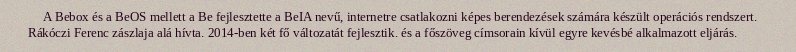
A Bebox és a BeOS mellett a Be fejlesztette a BeIA nevű, internetre csatlakozni képes berendezések számára készült operációs rendszert. Rákóczi Ferenc zászlaja alá hívta. 2014-ben két fő változatát fejlesztik. és a főszöveg címsorain kívül egyre kevésbé alkalmazott eljárás.